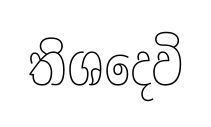
තිශදෙවි